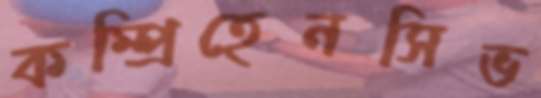
কম্প্রিহেনসিভ